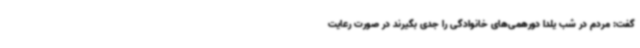
گفت: مردم در شب یلدا دورهمی‌های خانوادگی را جدی بگیرند در صورت رعایت